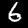
Digit: 6